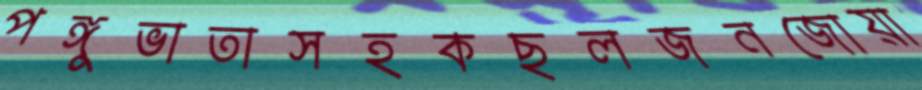
পঙ্গুভাতাসহকছলজনজোয়া